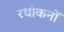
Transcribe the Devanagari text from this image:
रधांकनों